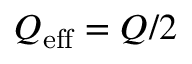
Q _ { \mathrm { e f f } } = Q / 2